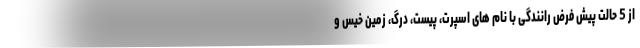
از 5 حالت پیش فرض رانندگی با نام های اسپرت، پیست، درگ، زمین خیس و